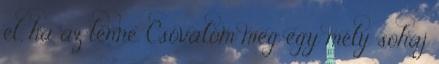
el, ha az lenne. Csóválom meg egy mély sóhaj